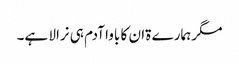
مگر ہمارے ۃان کا باوا آدم ہی نرالا ہے۔